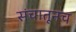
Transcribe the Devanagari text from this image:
संचातूनच